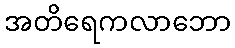
အတိရေကလာဘော